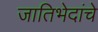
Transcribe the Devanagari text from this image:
जातिभेदांचे